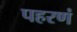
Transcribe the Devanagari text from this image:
पहरणं